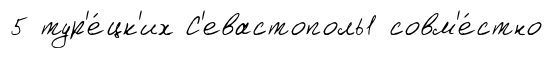
5 тур'е́цк'их С'евастополь1 совм'е́стно